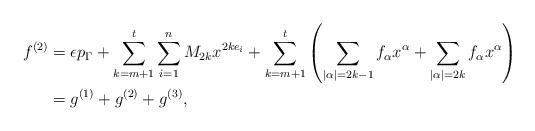
LaTeX: \begin{align*} f^{(2)} & = \epsilon p_\Gamma + \sum_{k=m+1}^{t}\sum_{i=1}^n M_{2k} x^{2ke_i} + \sum_{k=m+1}^{t}\left(\sum_{|\alpha|=2k-1}f_\alpha x^\alpha + \sum_{|\alpha|=2k}f_\alpha x^\alpha\right)\\ & = g^{(1)} + g^{(2)} + g^{(3)}, \end{align*}